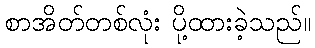
စာအိတ်တစ်လုံး ပို့ထားခဲ့သည်။